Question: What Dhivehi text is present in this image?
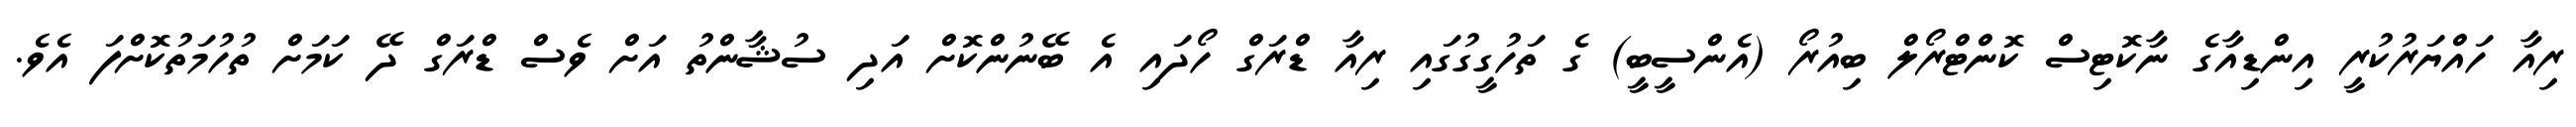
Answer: ރިއާ ހައްޔަރުކުރީ އިންޑިއާގެ ނާކޮޓިސް ކޮންޓްރޯލް ބިއުރޯ (އެންސީބީ) ގެ ތަހުގީގުގައި ރިއާ ޑްރަގް ހޯދައި އެ ބޭނުންކޮށް އަދި ސުޝާންތު އަށް ވެސް ޑްރަގް ދޭ ކަމަށް ތުހުމަތުކޮށްފަ އެވެ.